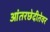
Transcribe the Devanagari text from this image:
आंतरछेदीतेवर